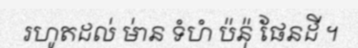
រហូតដល់ មា់ន ទំហំ ប៉ន៉ុ ផែនដី ។